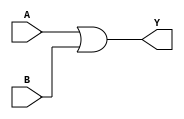
module combinational_logic (
    input wire A,  // Input A
    input wire B,  // Input B
    output wire Y  // Output Y
);

    // Combinational logic implementation
    assign Y = A | B; // Y = A + B (using OR gate)

endmodule